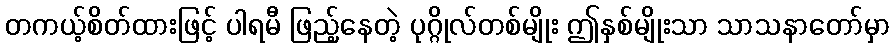
တကယ့်စိတ်ထားဖြင့် ပါရမီ ဖြည့်နေတဲ့ ပုဂ္ဂိုလ်တစ်မျိုး ဤနှစ်မျိုးသာ သာသနာတော်မှာ